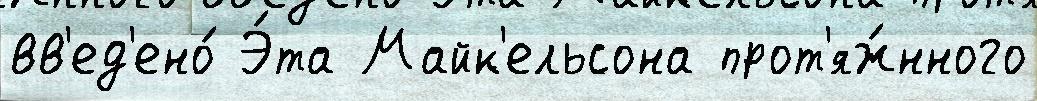
вв'ед'ено́ Э́та Майк'ельсона прот'яж́нного